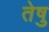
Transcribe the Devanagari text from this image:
तेषु